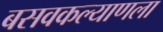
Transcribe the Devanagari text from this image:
बसवकल्याणला